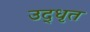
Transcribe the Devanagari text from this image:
उद्‍धृत